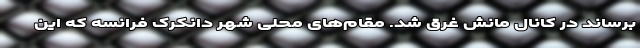
برساند در کانال مانش غرق شد. مقام‌های محلی شهر دانکرک فرانسه که این